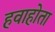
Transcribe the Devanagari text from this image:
हवाहोता